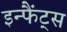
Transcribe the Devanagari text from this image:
इन्फैंट्स